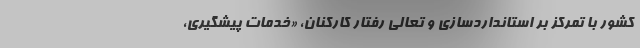
کشور با تمرکز بر استانداردسازی و تعالی رفتار کارکنان، «خدمات پیشگیری،